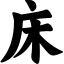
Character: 床